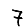
Digit: 7